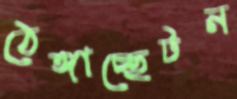
ঠেঙ্গাচ্ছেটন